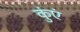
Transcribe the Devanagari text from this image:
कुंएं